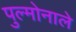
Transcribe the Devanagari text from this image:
पुल्मोनाले